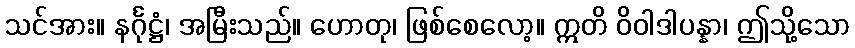
သင်အား။ နင်္ဂုဋ္ဌံ၊ အမြီးသည်။ ဟောတု၊ ဖြစ်စေလော့။ ဣတိ ဝိဝါဒါပန္နာ၊ ဤသို့သော